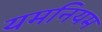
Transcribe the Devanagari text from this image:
यमनियम